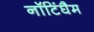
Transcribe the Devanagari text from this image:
नॉटिंघैम